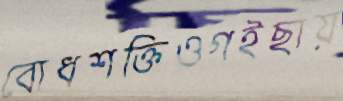
বোধশক্তিওগইছায়